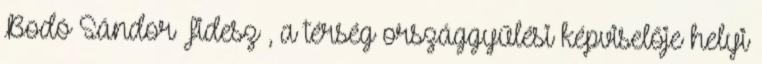
Bodó Sándor Fidesz , a térség országgyűlési képviselője helyi